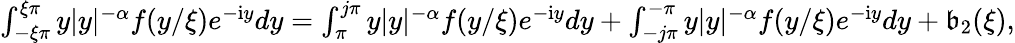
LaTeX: \begin{array}{r}{\int_{-\xi\pi}^{\xi\pi}y|y|^{-\alpha}f(y/\xi)e^{-\mathrm{i}y}dy=\int_{\pi}^{j\pi}y|y|^{-\alpha}f(y/\xi)e^{-\mathrm{i}y}dy+\int_{-j\pi}^{-\pi}y|y|^{-\alpha}f(y/\xi)e^{-\mathrm{i}y}dy+\mathfrak{b}_{2}(\xi),}\end{array}